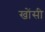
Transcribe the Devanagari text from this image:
खोंसी